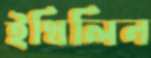
ইথিলিন